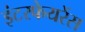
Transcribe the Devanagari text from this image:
इंटरफेयरेंस